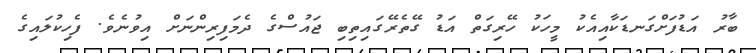
ބާރު އަޑުފަށްގަނޑަކާއިއެކު މީހަކު ހޭރިގަތް އަޑު ގޭތެރޭގައިތިބި ޖައުސްގެ ދެމަފިރިންނަށް އިވުނެވެ. ފެހިކުލައިގެ